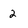
Character: 2